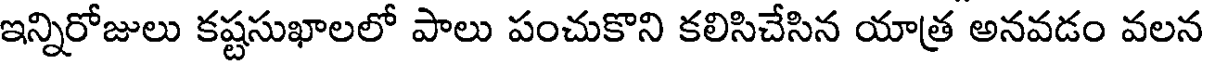
ఇన్నిరోజులు కష్టసుఖాలలో పాలు పంచుకొని కలిసిచేసిన యాత్ర అనవడం వలన